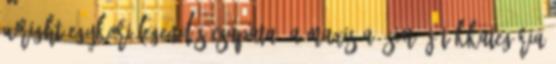
Wright egykori legendás csapata, a Maxis a Sim játékkategória